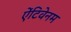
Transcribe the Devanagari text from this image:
ऐंटिवेनम